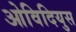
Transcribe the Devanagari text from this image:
ओविदियुस